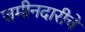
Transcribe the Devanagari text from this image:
जमीनदारीचे